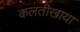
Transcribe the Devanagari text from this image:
कलतीखाया